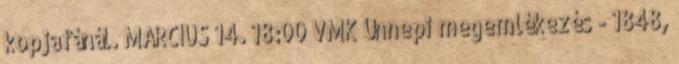
kopjafánál. MÁRCIUS 14. 18:00 VMK Ünnepi megemlékezés - 1848,